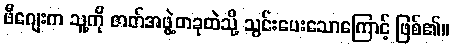
ဖီဂျေးက သူ့ကို ဇာတ်အဖွဲ့တခုထဲသို့ သွင်းပေးသောကြောင့် ဖြစ်၏။